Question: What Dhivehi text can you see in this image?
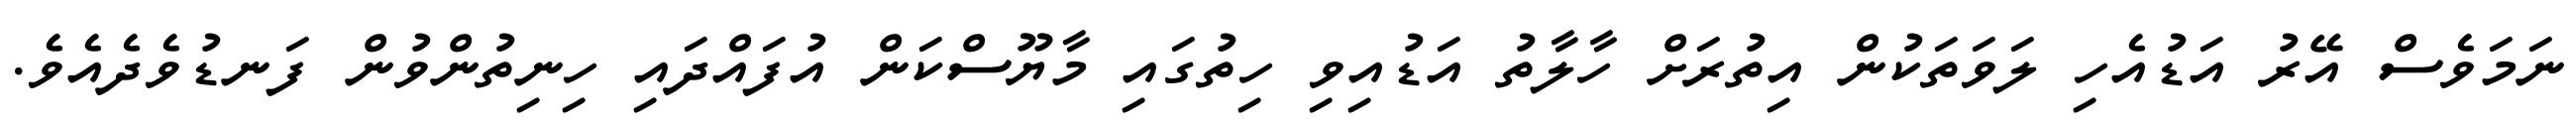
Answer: ނަމަވެސް އޭރު އަޑުއެހި ލަވަތަކުން އިތުރަށް ހާލާތު އަޑުއިވި ހިތުގައި މާޔޫސްކަން އުފައްދައި ހިނިތުންވުން ފަނޑުވެދެއެވެ.